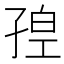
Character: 𡥴